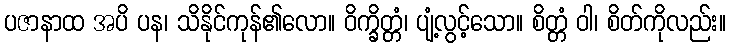
ပဇာနာထ အပိ ပန၊ သိနိုင်ကုန်၏လော။ ဝိက္ခိတ္တံ၊ ပျံ့လွင့်သော။ စိတ္တံ ဝါ၊ စိတ်ကိုလည်း။